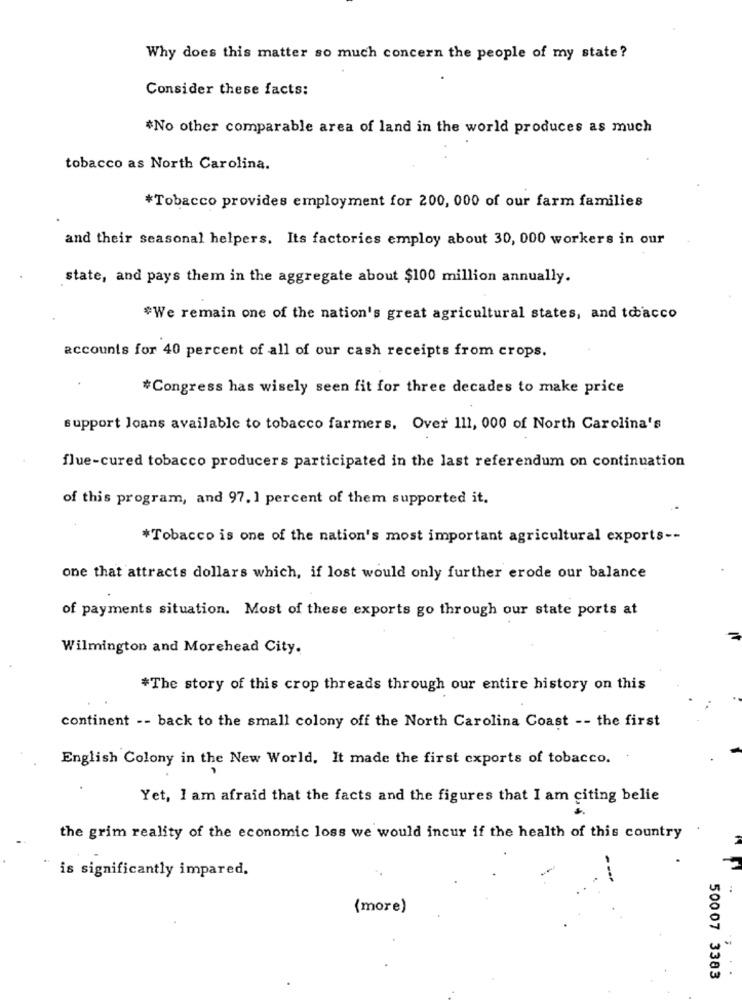
Why does this matter so much concern the people of my state?
Consider these facts:
#No other comparable area of land in the world produces as much
tobacco as North Carolina.
*Tobacco provides employment for 200, 000 of our farm families
and their seasonal helpers. Its factories employ about 30, 000 workers in our
state, and pays them in the aggregate about $100 million annually.
*We remain one of the nation's great agricultural states, and tobacco
accounts for 40 percent of all of our cash receipts from crops.
#Congress has wisely seen fit for three decades to make price
support loans available to tobacco farmers. Over 111, 000 of North Carolina's
flue-cured tobacco producers participated in the last referendum on continuation
of this program, and 97. 1 percent of them supported it.
*Tobacco is one of the nation's most important agricultural exports --
one that attracts dollars which, if lost would only further erode our balance
of payments situation. Most of these exports go through our state ports at
Wilmington and Morehead City.
*The story of this crop threads through our entire history on this
continent -- back to the small colony off the North Carolina Coast -- the first
English Colony in the New World. It made the first cxports of tobacco. .
Yet, I am afraid that the facts and the figures that I am citing belie
the grim reality of the economic loss we would incur if the health of this country
is significantly impared.
(more)
50007 3383